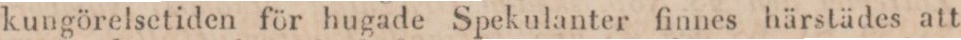
kungörelsetiden för hugade Spekulanter finnes härstädes att